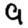
Digit: 9